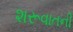
શરૂવાતની